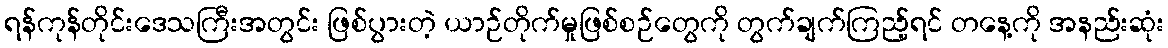
ရန်ကုန်တိုင်းဒေသကြီးအတွင်း ဖြစ်ပွားတဲ့ ယာဉ်တိုက်မှုဖြစ်စဉ်တွေကို တွက်ချက်ကြည့်ရင် တနေ့ကို အနည်းဆုံး